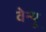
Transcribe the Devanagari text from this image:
वेन्यू